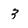
Character: 3